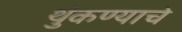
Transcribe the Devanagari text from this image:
थुंकण्याचे